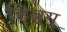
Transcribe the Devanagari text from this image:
हिब्र्यू